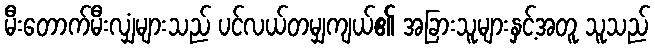
မီးတောက်မီးလျှံများသည် ပင်လယ်တမျှကျယ်၏ အခြားသူများနှင့်အတူ သူသည်